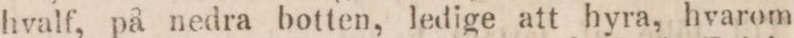
hvalf, på nedra botten, ledige att hyra, hvarom